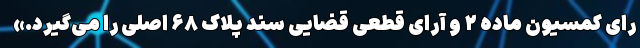
رای کمسیون ماده ۲ و آرای قطعی قضایی سند پلاک ۶۸ اصلی را می‌گیرد.»